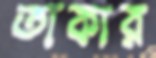
তাকার